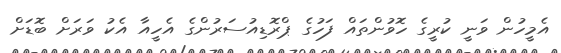
އެމީހުން ވަނީ ކުރީގެ ހޮވުންތައް ފަހުގެ ޕްރޮޑިއުސަރުންގެ އެހީއާ އެކު ވަރަށް ބޮޑަށް